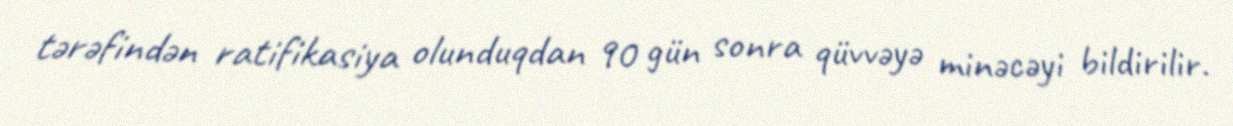
tərəfindən ratifikasiya olunduqdan 90 gün sonra qüvvəyə minəcəyi bildirilir.